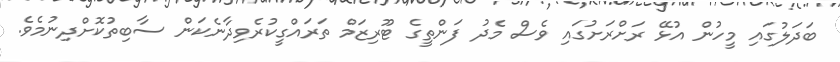
ބަދަލުގައި މީހުން އުޅޭ ރަށްރަށުގައި ވެސް މެދު ފަންތީގެ ޓޫރިޒަމް ތަރައްގީކުރެވިދާނެކަން ސާބިތުކޮށްދިނުމެވެ.